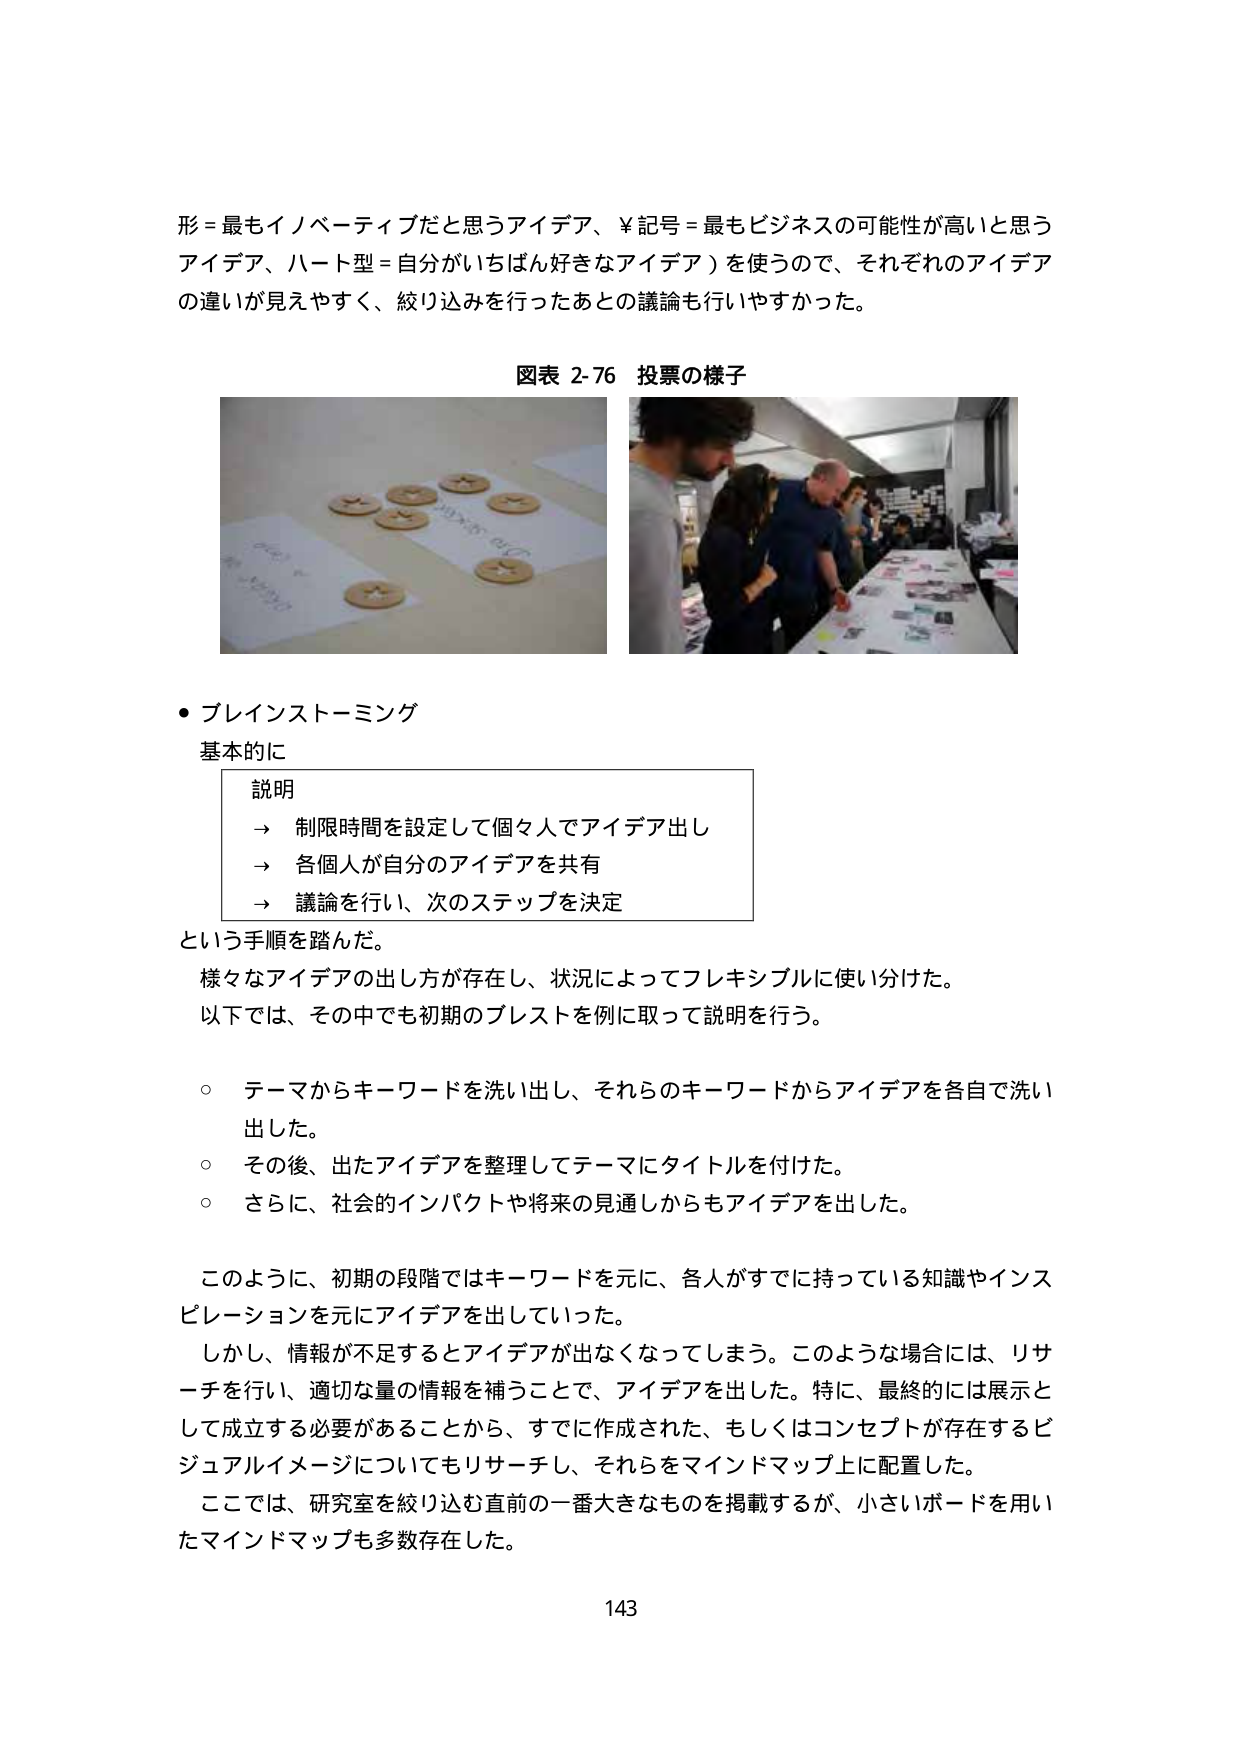
形 = 最もイノベーティブだと思うアイデア、¥記号 = 最もビジネスの可能性が高いと思うアイデア、ハート型 = 自分がいちばん好きなアイデア）を使うので、それぞれのアイデアの違いが見えやすく、絞り込みを行ったあとの議論も行いやすかった。

図表 2-76 投票の様子

・ブレインストーミング
基本的に

説明
→ 制限時間を設定して個々人でアイデア出し
→ 各個人が自分のアイデアを共有
→ 議論を行い、次のステップを決定

という手順を踏んだ。
様々なアイデアの出し方が存在し、状況によってフレキシブルに使い分けた。
以下では、その中でも初期のブレストを例に取って説明を行う。

○ テーマからキーワードを洗い出し、それらのキーワードからアイデアを各自で洗い出した。
○ その後、出たアイデアを整理してテーマにタイトルを付けた。
○ さらに、社会的インパクトや将来の見通しからもアイデアを出した。

このように、初期の段階ではキーワードを元に、各人がすでに持っている知識やインスピレーションを元にアイデアを出していった。
しかし、情報が不足するとアイデアが出なくなってしまう。このような場合には、リサーチを行い、適切な量の情報を補うことで、アイデアを出した。特に、最終的には展示として成立する必要があることから、すでに作成された、もしくはコンセプトが存在するビジュアルイメージについてもリサーチし、それらをマインドマップ上に配置した。
ここでは、研究室を絞り込む直前的一番大きなものを掲載するが、小さいボードを用いたマインドマップも多数存在した。

143